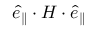
\boldsymbol { \hat { e } } _ { \parallel } \cdot \boldsymbol { H } \cdot \boldsymbol { \hat { e } } _ { \parallel }